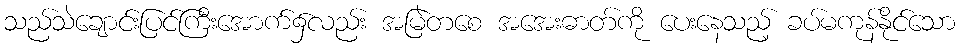
သည်သဲချောင်းပြင်ကြီးအောက်၌လည်း အမြဲတစေ အအေးဓာတ်ကို ပေးနေသည့် ခပ်မကုန်နိုင်သော